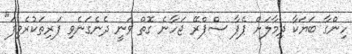
ހިންގާ ބަޔަކާ ދިމާލަށް ޕެޕާ ސްޕްރޭ ޖަހާނެ ގޮތް ވަނީ ދެނެގަނެވި ފަރިތަކުރެވިފަ"